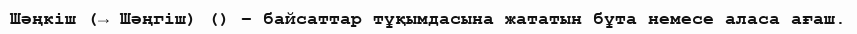
Шәңкіш (→ Шәңгіш) () – байсаттар тұқымдасына жататын бұта немесе аласа ағаш.